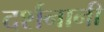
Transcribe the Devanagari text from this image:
दर्शनानी